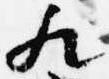
歟